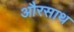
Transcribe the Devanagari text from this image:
औरसाथ